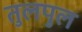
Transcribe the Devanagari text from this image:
तुलपुल